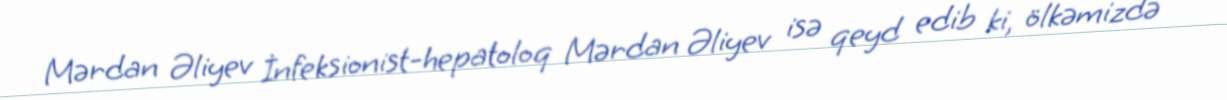
Mərdan Əliyev İnfeksionist-hepatoloq Mərdan Əliyev isə qeyd edib ki, ölkəmizdə